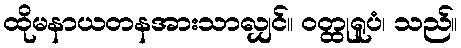
ထိုမနာယတနအားသာလျှင်။ ဝတ္ထုရူပံ၊ သည်။